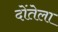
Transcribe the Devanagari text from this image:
दोंतेला